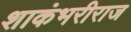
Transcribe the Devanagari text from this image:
शाकंभरीराज